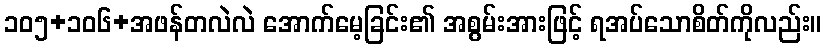
၁၀၅+၁၀၆+အဖန်တလဲလဲ အောက်မေ့ခြင်း၏ အစွမ်းအားဖြင့် ရအပ်သောစိတ်ကိုလည်း။